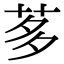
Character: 茤